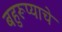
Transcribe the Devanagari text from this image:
बहुरूप्याचे